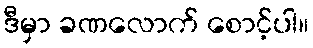
ဒီမှာ ခဏလောက် စောင့်ပါ။